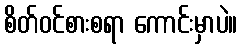
စိတ်ဝင်စားစရာ ကောင်းမှာပဲ။